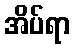
အိပ်ရာ